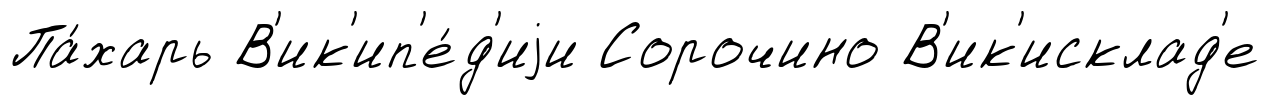
Па́харь В'ик'ип'е́д'иjи Сорочино В'ик'исклад'е